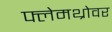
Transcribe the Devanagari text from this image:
फ्लेमथ्रोवर